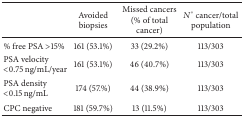
|  | Avoided biopsies | Missed cancers(% of total cancer) | N° cancer/total population |
 | --- | --- | --- | --- |
 | % free PSA >15% | 161 (53.1%) | 33 (29.2%) | 113/303 |
 | PSA velocity <0.75 ng/mL/year | 161 (53.1%) | 46 (40.7%) | 113/303 |
 | PSA density <0.15 ng/mL | 174 (57.%) | 44 (38.9%) | 113/303 |
 | CPC negative | 181 (59.7%) | 13 (11.5%) | 113/303 |